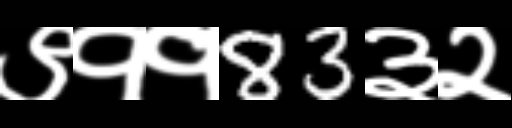
Text: ९११83३२